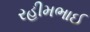
રહીમભાઈ